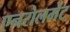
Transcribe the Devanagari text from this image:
एनरोलमेंट